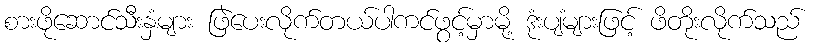
စားဖိုဆောင်သီးနှံများ ဖြဲပေးလိုက်တယ်ပါကင်ဖွင့်မှာမို့ ဒုံးပျံများဖြင့် ဖိတိုးလိုက်သည်